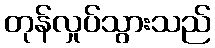
တုန်လှုပ်သွားသည်